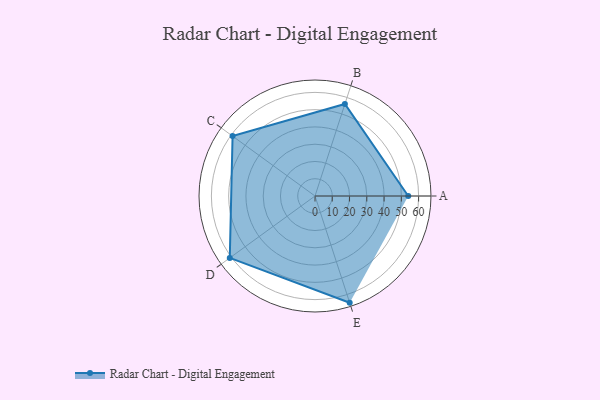
{"axis": {"x": "Skill", "y": "Score"}, "legend": ["Profile"], "data": [{"x": "A", "y": 54.0, "type": "Profile"}, {"x": "B", "y": 56.0, "type": "Profile"}, {"x": "C", "y": 59.0, "type": "Profile"}, {"x": "D", "y": 61.0, "type": "Profile"}, {"x": "E", "y": 65.0, "type": "Profile"}]}